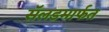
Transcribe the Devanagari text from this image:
सॅलडमार्फत